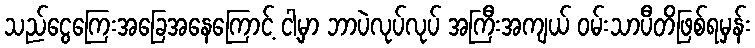
သည်ငွေကြေးအခြေအနေကြောင့် ငါ့မှာ ဘာပဲလုပ်လုပ် အကြီးအကျယ် ဝမ်းသာပီတိဖြစ်ရမှန်း